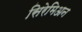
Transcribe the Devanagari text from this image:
सिरेमिअन